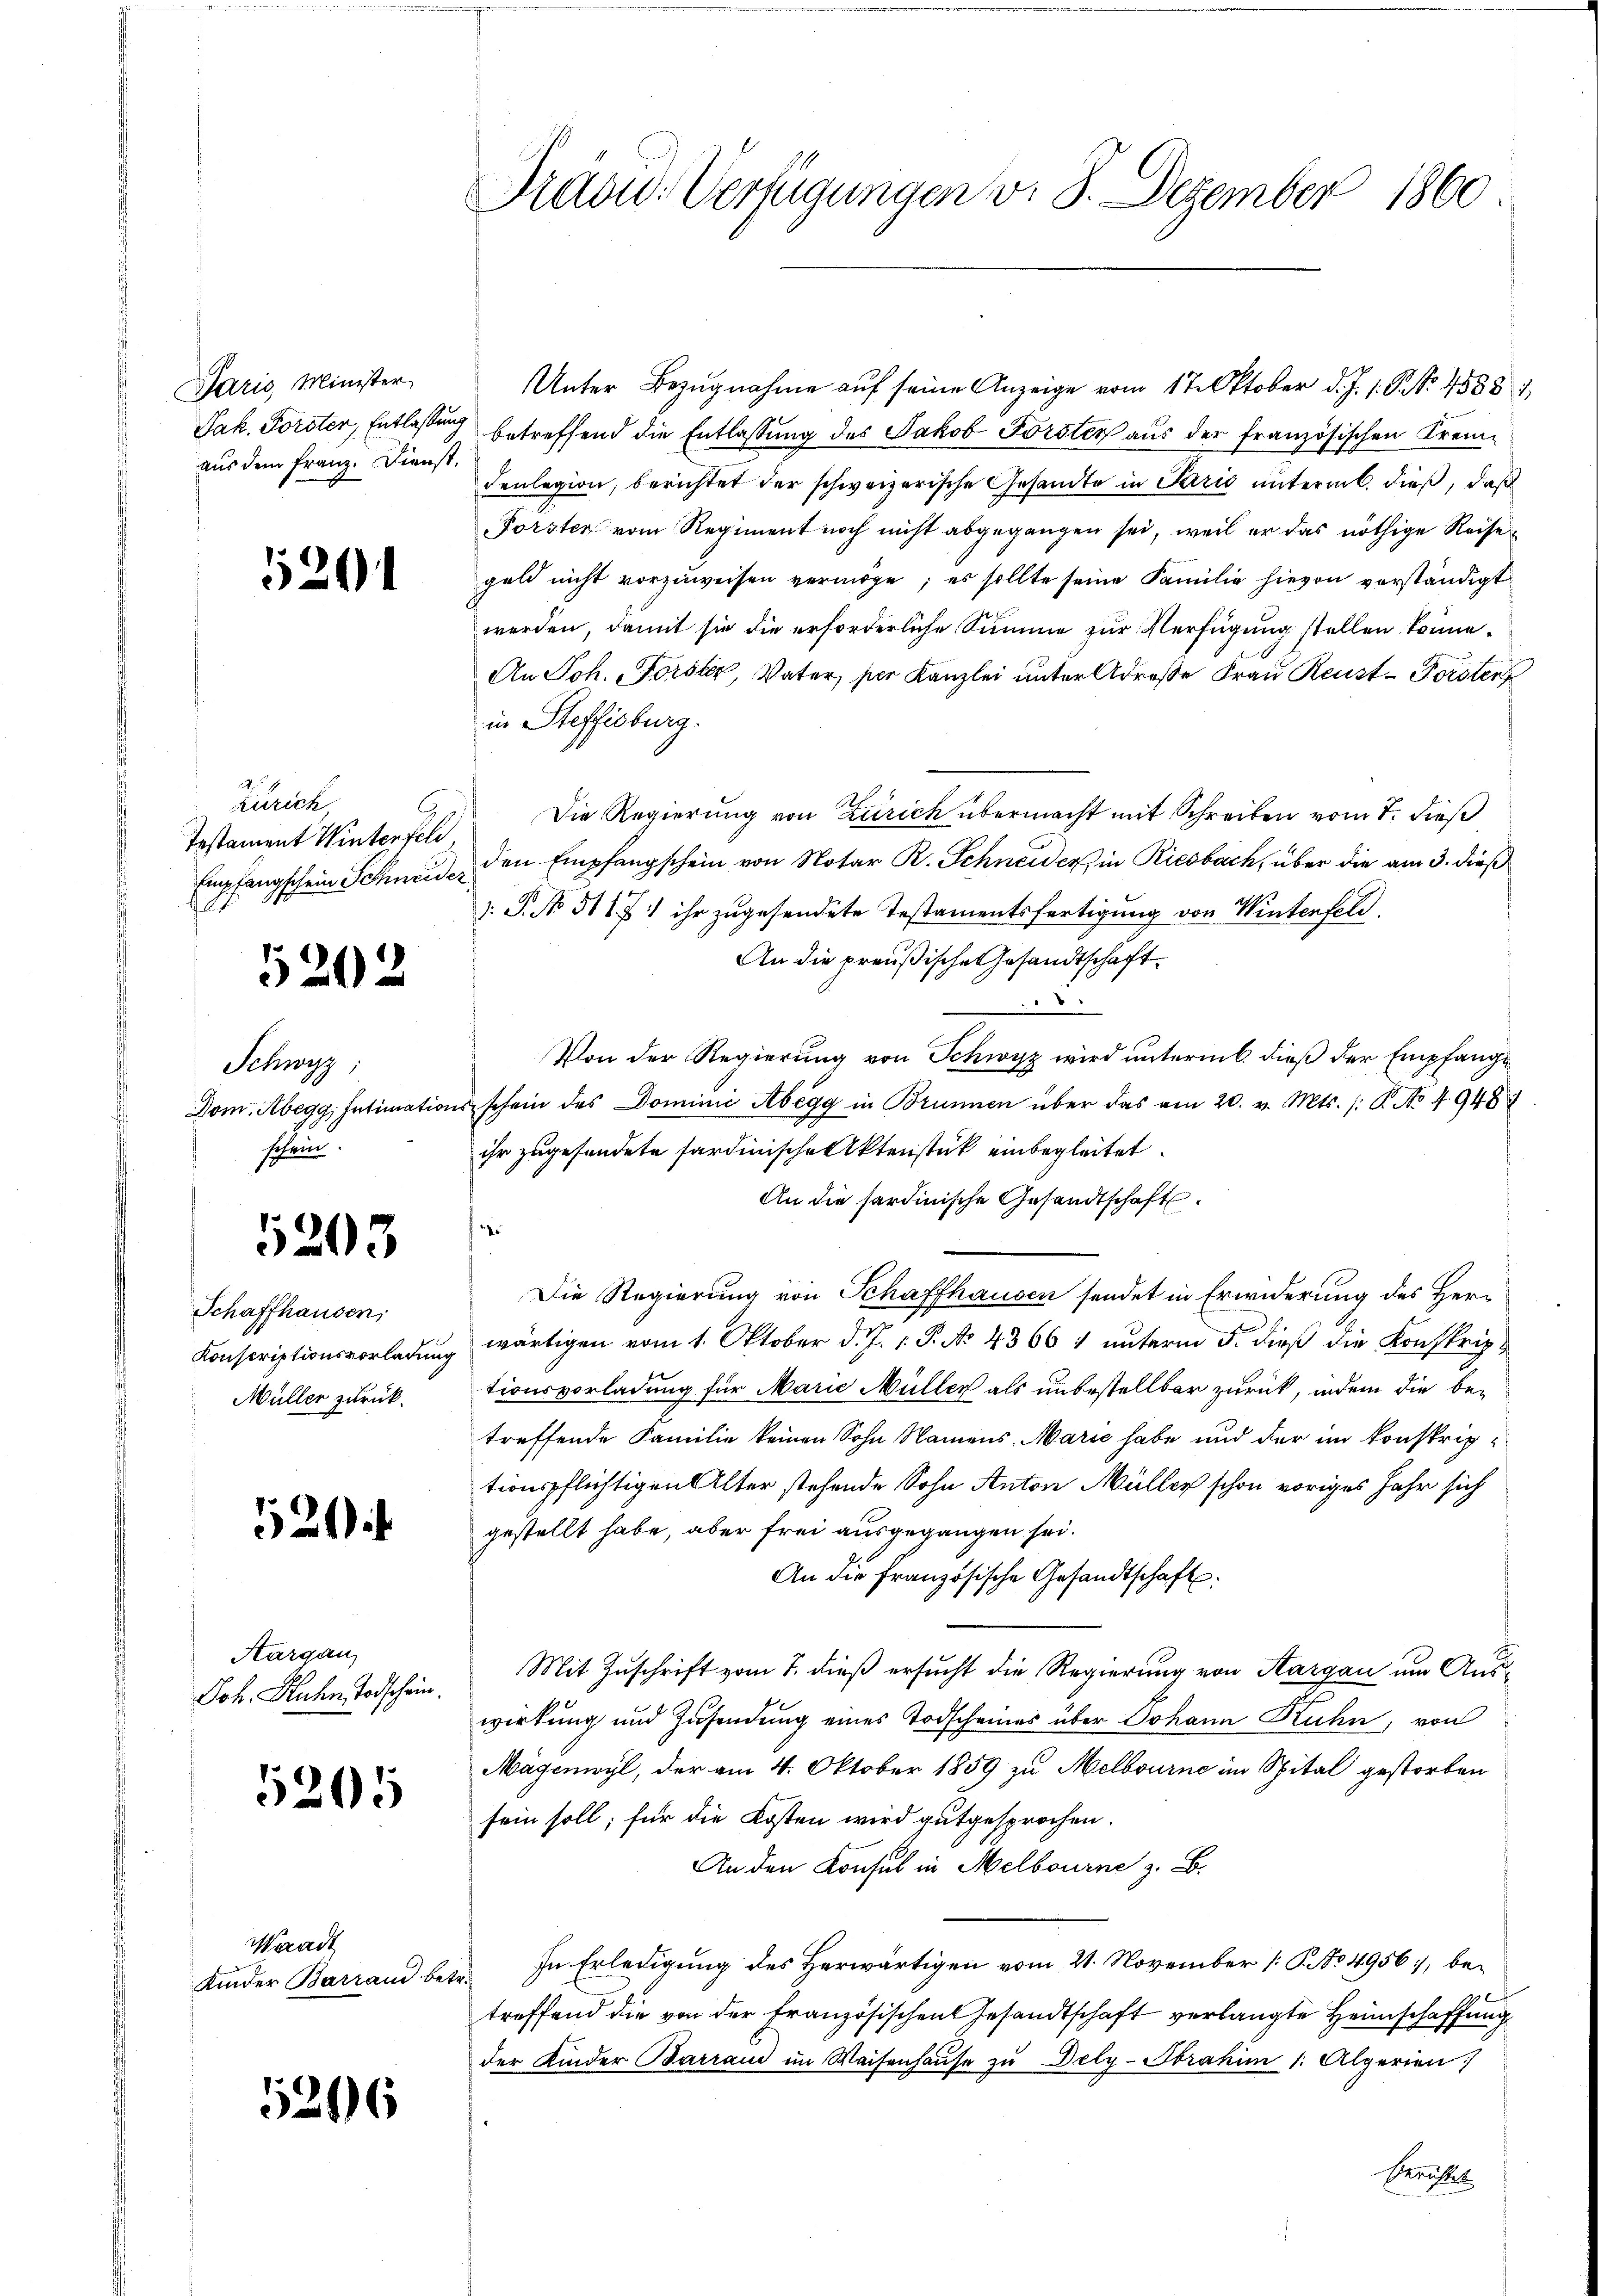
Paris, Minister
Jak. Forster, Entlassung
aus dem Franz. Dienst,

5291

Zürich,
s
Testament Winterfel
Empfangschein Schneider

5202

Schwyz;
Dom. Abegg, Intimatio
schein.

5203

Schaffhausen,
Konscriptionsvorladung
Müller zurück.

52

Aargau

5205

Waadt

5246

Prad: Verfügungen v. 8. Dezember 1860

Unter Bezŭgnahme aŭf seine Anzeige vom 17. Oktober d. J. 1. P. Nr. 45881
betreffend die Entlassung des Jakob Forster aus der französischen Kremdenlegion, berichtet der schweizerische Gesandte in Paris unterm 6. dieß, daß
Forster vom Regiment noch nicht abgegangen sei, weil er das nöthige Reise
geld nicht vorzŭweisen vermöge; es sollte seine Familie hievon verständigt
worden, damit sie die erforderliche Summe zur Verfügung stellen könne.
An Joh. Forster, Vater, per Kanzlei unter Adrese Frau Reust-Forster
in Steffisburg.
Die Regierung von Zürich übermacht mit Schreiben vom 7. dieß
den Empfangschein von Notar R. Schneider in Riesbach, über die am 3. dieß
s. S. No 511 f.) ihr zugesendete Testamentsfertigung von Winterfeld
An die preußische Gesandtschaft.

Von der Regierung von Schwyz wird unterm 6. dieß der Empfange
iis schein des Dominie Abegg in Brunnen über das am 20. v. Mts. /: P. No 49487
ihr zugesendete sardinische Aktenstück einbegleitet.
An die sardinische Gesandtschaft

Die Regierung von Schaffhausen sendet in Erwiderung des Herwärtigen vom 1. Oktober d. J. 1. P. No 4366 1 unterm 5. dieß die Konskriptionsvorladung für Marie Müller als unbestellbar zurück, indem die be-
treffende Familie keinen Sohn Namens Marie habe und der im konstriptionspflichtigen Alter stehende Sohn Anton Müller schon voriges Jahr sich
gestellt habe, aber frei ausgegangen sei.
An die französische Gesandtschaft
Joh. Kuhn Todschein. Mit Zuschrift vom 7. dieß ersucht die Regierung von Aargau um Auswirkung und Zusendung eines Todscheines über Johann Kuhn, von
Mägenwyl, der am 4. Oktober 1859 zu Melbourne im Spital gestorben
sein soll; für die Kosten wird gutgesprochen.
An den Konsul in Melbourne z. B.
Kinder Barrand betr. In Erledigŭng des herwärtigen vom 21. November 1 S. No 4956, be-
treffend die von der Französischen Gesandtschaft verlangte Heimschaffung
der Kinder Barrand im Waisenhaŭse zu Dely-Sbrahim 1. Algerien
Gerichtet